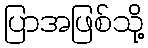
ပြာအဖြစ်သို့